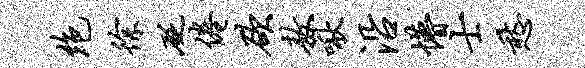
绝徐砭倦欲敖啾沿懵士愁